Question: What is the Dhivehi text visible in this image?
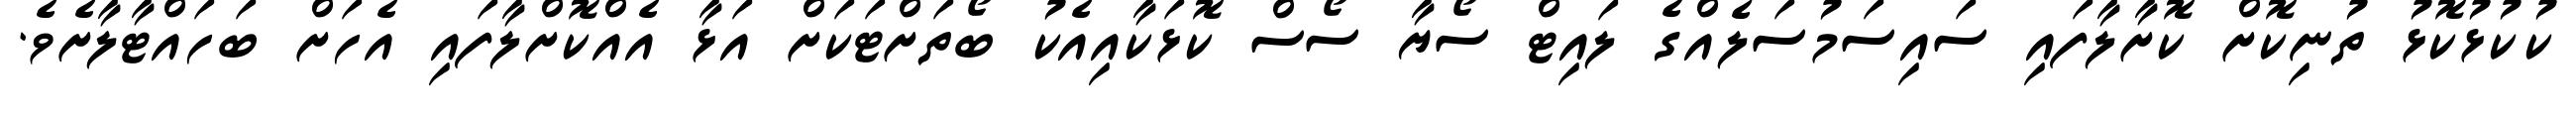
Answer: ކުކުޅުކޮޅު ތުނިކޮށް ކޮށާލާފައި ސައިސަމުސަލެއްގެ ލައިޓް ސޯޔާ ސޯސް ކޮޅަކާއިއެކު ބޯތަށްޓަކަށް އަޅާ އެއްކޮށްލާފައި އެހަށް ބަހައްޓާލާށެވެ.